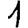
Digit: 1